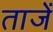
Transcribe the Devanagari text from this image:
ताजें